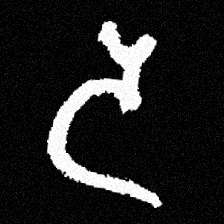
Pyu character \u2014 Myanmar letter: ဒ (romanized: da)